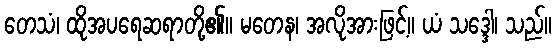
တေသံ၊ ထိုအပရေဆရာတို့၏။ မတေန၊ အလိုအားဖြင့်။ ယံ သဒ္ဒေါ၊ သည်။